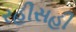
રહીસહી